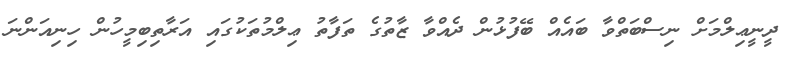
ދީނީޢިލްމަށް ނިސްބަތްވާ ބައެއް ބޭފުޅުން ދެއްވާ ޒާތުގެ ތަފާތު ޢިލްމުތަކުގައި އަރާތިބިމީހުން ހިނިއަންނަ